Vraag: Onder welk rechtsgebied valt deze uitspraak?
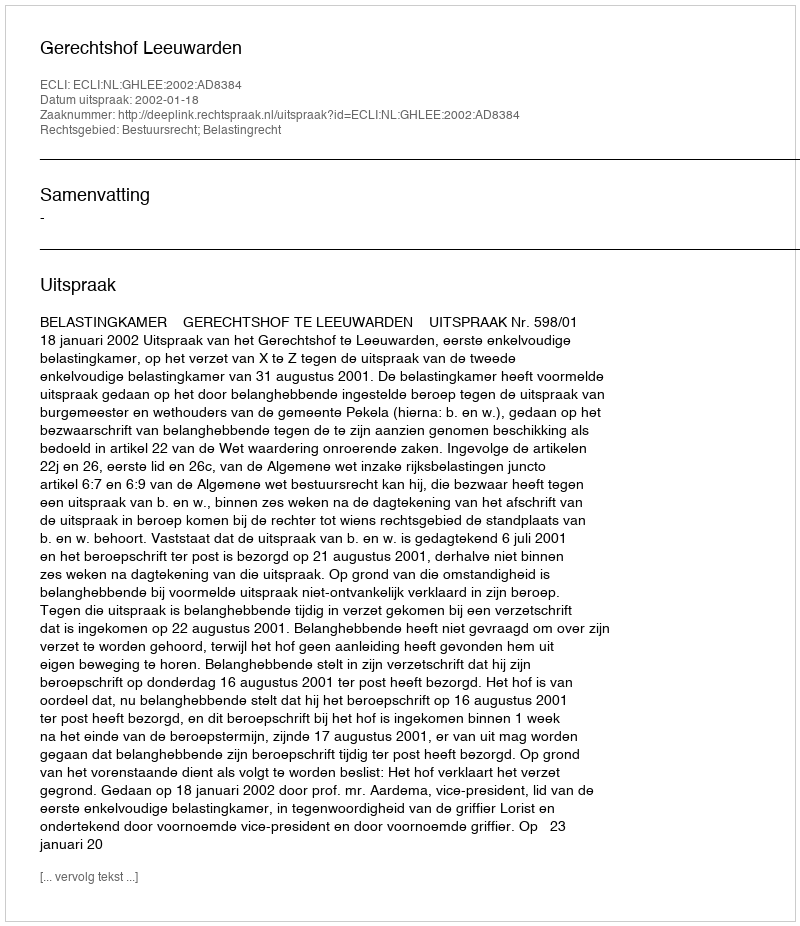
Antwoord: Bestuursrecht; Belastingrecht